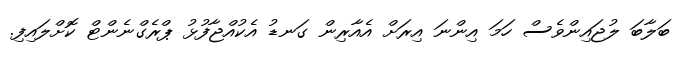
ބަލާބަ ލުޖައިންވެސް ހަމަ އިންނަ އިރަށް އެއާރިން ގަނޑު އެކުއްޖާފުޅު ޕްރެގްނެންޓް ކޮށްލައިފި.